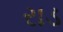
રાડ